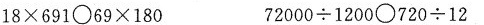
$$1 8 \times 6 9 1 \circ 6 9 \times 1 8 0$$ $$7 2 0 0 0 \div 1 2 0 0 \circ 7 2 0 \div 1 2$$